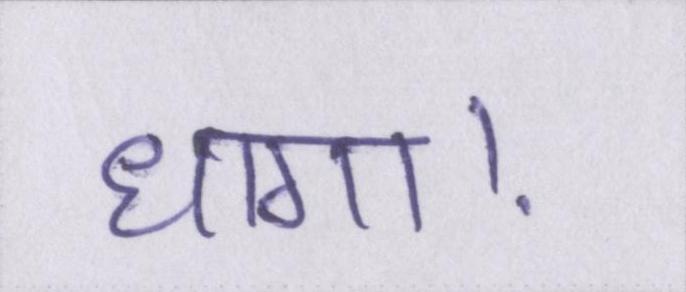
धागा।